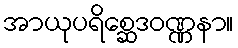
အာယုပရိစ္ဆေဒဝဏ္ဏနာ။